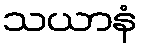
သယာနံ